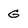
Character: G